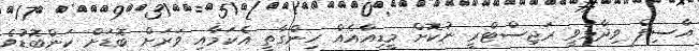
އާސިފް ވިދާޅުވީ ރަޖިސްޓްރީ ނުކޮށް މީޑިއާއެއް ހިންގާތީ އެކަމާއި ވަރަށް ބޮޑަށް ކަންބޮޑުވެ